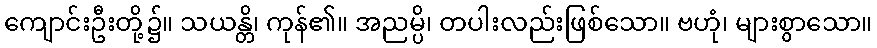
ကျောင်းဦးတို့၌။ သယန္တိ၊ ကုန်၏။ အညမ္ပိ၊ တပါးလည်းဖြစ်သော။ ဗဟုံ၊ များစွာသော။